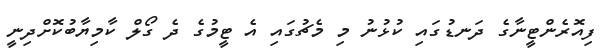
ފިއޮރެންޓީނާގެެ ދަނޑުގައި ކުޅުނު މި މެޗުގައި އެ ޓީމުގެ ދެ ގޯލް ކާމިޔާބުކޮށްދިނީ